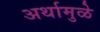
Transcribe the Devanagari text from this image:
अर्थामुळे